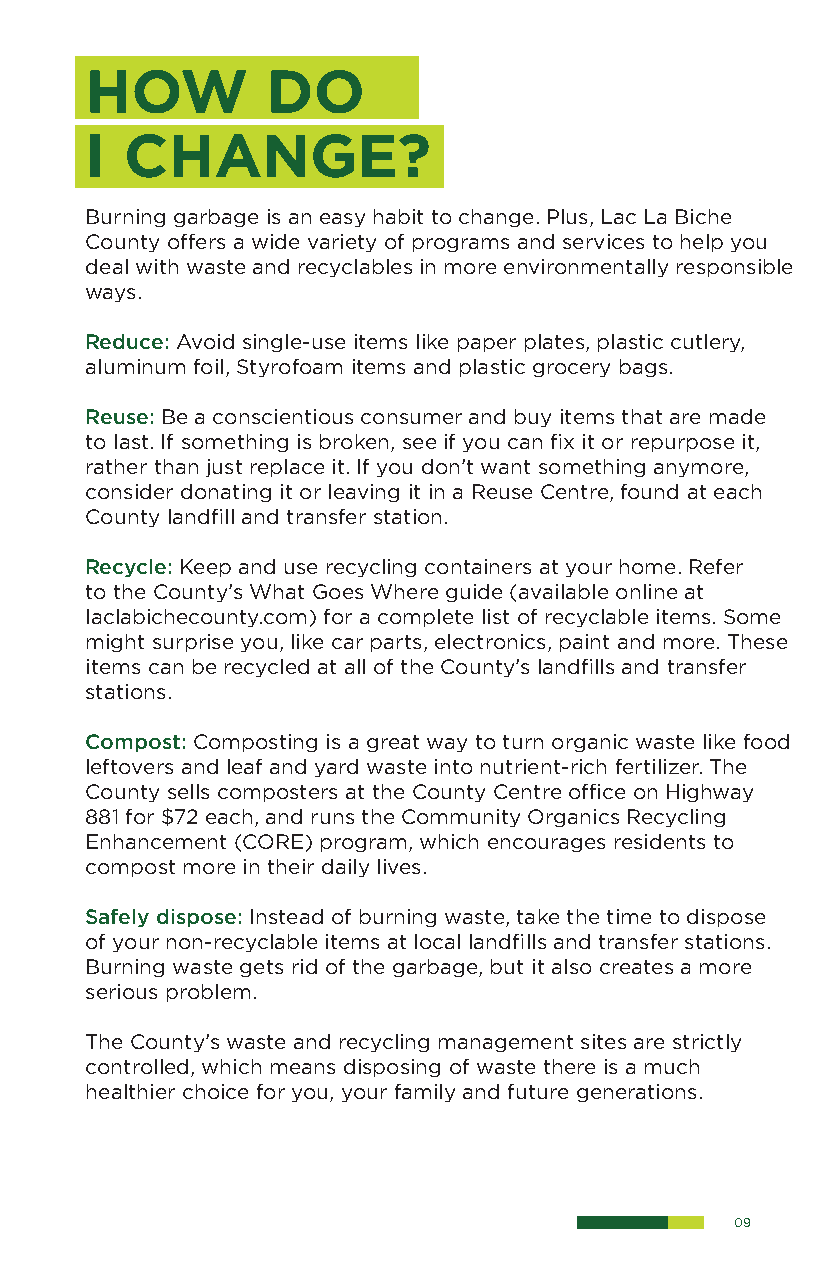
HOW         DO
 I CHANGE?
 Burning garbage is an easy habit to change. Plus, Lac La Biche
 County offers a wide variety of programs and services to help you
 deal with waste and recyclables in more environmentally responsible
 ways.
 Reduce: Avoid single-use items like paper plates, plastic cutlery,
 aluminum foil, Styrofoam items and plastic grocery bags.
 Reuse: Be a conscientious consumer and buy items that are made
 to last. If something is broken, see if you can fix it or repurpose it,
 rather than just replace it. If you don’t want something anymore,
 consider donating it or leaving it in a Reuse Centre, found at each
 County landfill and transfer station.
 Recycle: Keep and use recycling containers at your home. Refer
 to the County’s What Goes Where guide (available online at
 laclabichecounty.com) for a complete list of recyclable items. Some
 might surprise you, like car parts, electronics, paint and more. These
 items can be recycled at all of the County’s landfills and transfer
 stations.
 Compost: Composting is a great way to turn organic waste like food
 leftovers and leaf and yard waste into nutrient-rich fertilizer. The
 County sells composters at the County Centre office on Highway
 881 for $72 each, and runs the Community Organics Recycling
 Enhancement (CORE) program, which encourages residents to
 compost more in their daily lives.
 Safely dispose: Instead of burning waste, take the time to dispose
 of your non-recyclable items at local landfills and transfer stations.
 Burning waste gets rid of the garbage, but it also creates a more
 serious problem.
 The County’s waste and recycling management sites are strictly
 controlled, which means disposing of waste there is a much
 healthier choice for you, your family and future generations.
 09